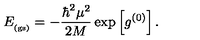
E _ { _ \mathrm { ( g s ) } } = - \frac { \hbar ^ { 2 } \mu ^ { 2 } } { 2 M } \exp \left[ g ^ { ( 0 ) } \right] .